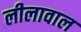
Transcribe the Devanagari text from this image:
लीलावाल